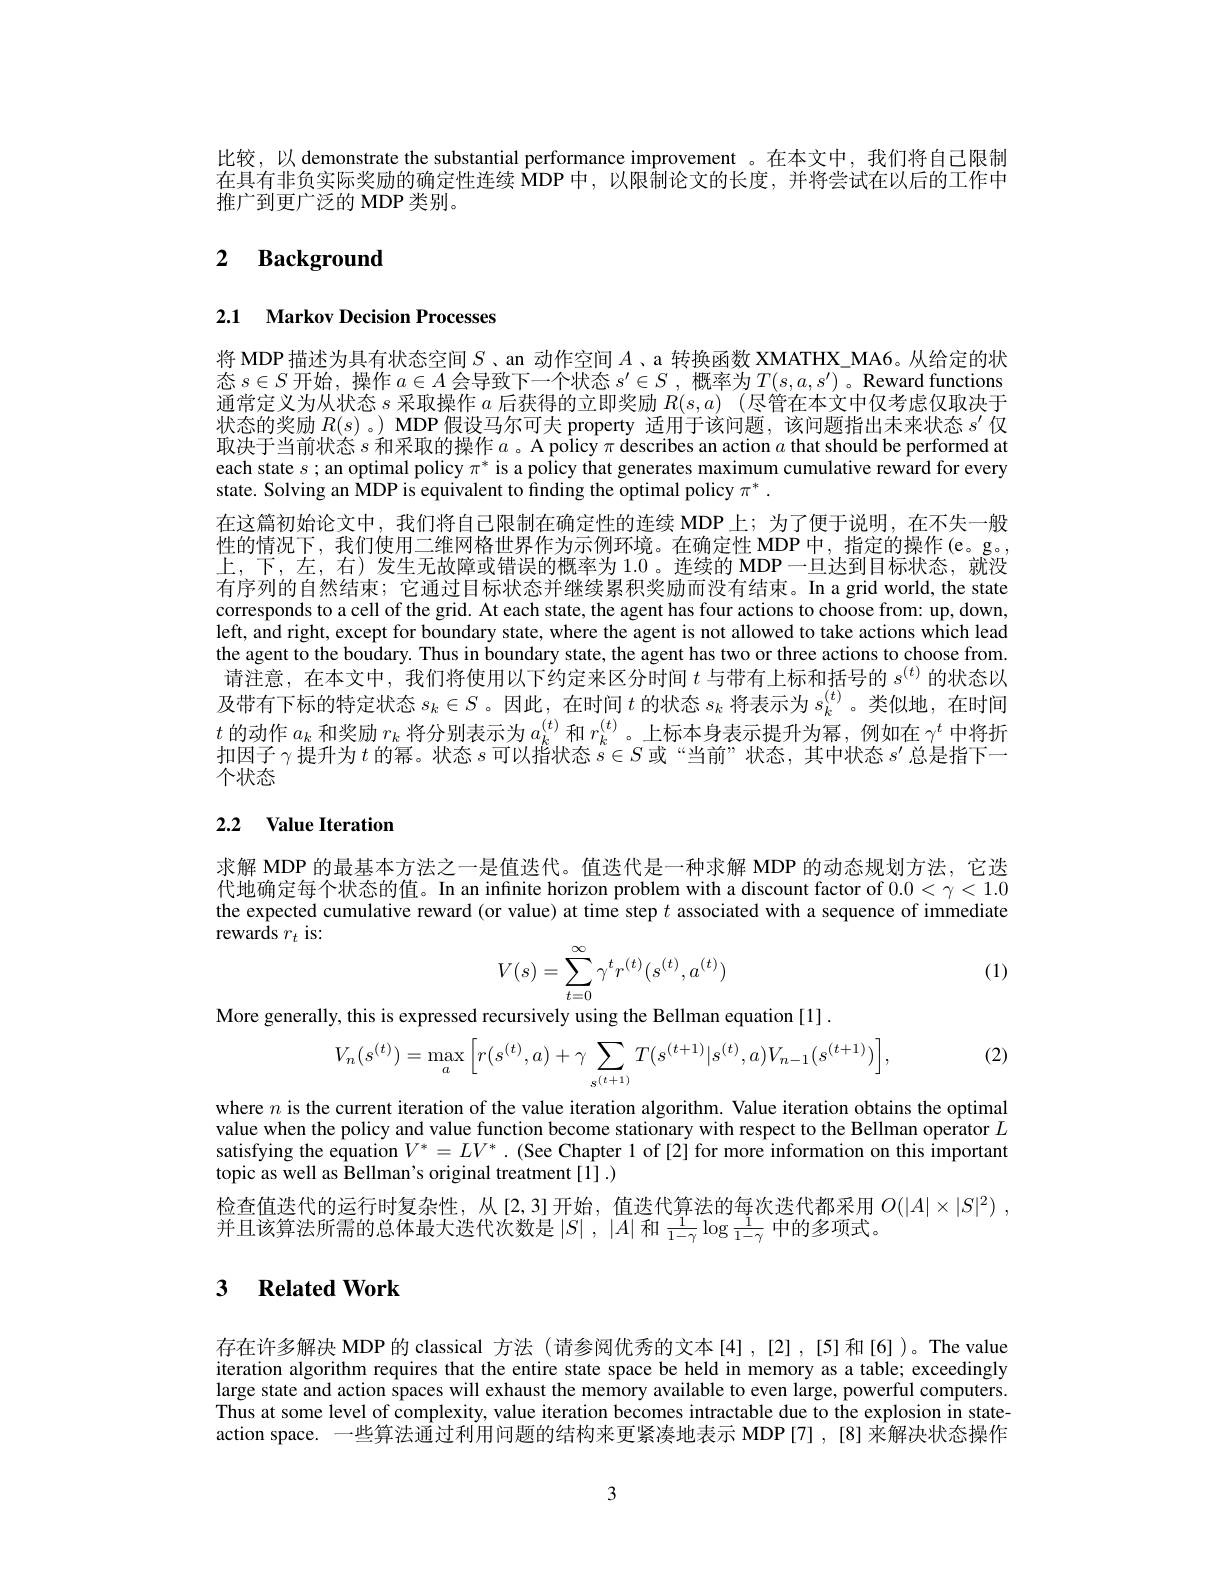
比较，以 demonstrate the substantial performance improvement 。在本文中，我们将自己限制在具有非负实际奖励的确定性连续 MDP 中，以限制论文的长度，并将尝试在以后的工作中推广到更广泛的 MDP 类别。

## 2 $\textbf{Background}$

## 2.1 Markov Decision Processes

将 MDP 描述为具有状态空间$S$ 、an 动作空间$A$ 、a 转换函数 XMATHX\_MA6。从给定的状态$s\in S$开始，操作$a\in A$会导致下一个状态$s^\prime\in S$ ,概率为$T(s,a,s^\prime)$ 。Reward functions 通常定义为从状态$s$采取操作$a$后获得的立即奖励$R(s,a)$ (尽管在本文中仅考虑仅取决于状态的奖励$R(s)$ 。) MDP 假设马尔可夫 property 适用于该问题，该问题指出未来状态$s^\prime$仅取决于当前状态$s$和采取的操作$a$ 。A policy $\pi \textbf{ describes an action }a$ that should be performed at each state $s;$ an optimal policy $\pi^*$ is a policy that generates maximum cumulative reward for every state. Solving an MDP is equivalent to finding the optimal policy $\pi^*.$
在这篇初始论文中，我们将自己限制在确定性的连续 MDP 上；为了便于说明，在不失一般性的情况下，我们使用二维网格世界作为示例环境。在确定性 MDP 中，指定的操作(e。g。, 上，下，左，右)发生无故障或错误的概率为 1.0 。连续的 MDP一旦达到目标状态，就没有序列的自然结束；它通过目标状态并继续累积奖励而没有结束。In a grid world,the state corresponds to a cell of the grid. At each state, the agent has four actions to choose from: up, down, left, and right, except for boundary state, where the agent is not allowed to take actions which lead the agent to the boudary. Thus in boundary state, the agent has two or three actions to choose from. 请注意，在本文中，我们将使用以下约定来区分时间$t$与带有上标和括号的$s^{(t)}$的状态以及带有下标的特定状态$s_k\in S$ 。因此，在时间$t$的状态$s_k$将表示为$s_k^(t)$ 。类似地，在时间$t$的动作$a_k$和奖励$r_k$将分别表示为$a_k^(t)$和$r_k^(t)$。上标本身表示提升为幂，例如在$\gamma^t$中将折扣因子$\gamma$提升为$t$的幂。状态$s$可以指状态$s\in S$或“当前”状态，其中状态$s^\prime$总是指下一个状态

## 2.2 $\textbf{Value Iteration}$

求解 MDP 的最基本方法之一是值迭代。值迭代是一种求解 MDP 的动态规划方法，它迭代地确定每个状态的值。In an infnite horizon problem with a discount factor of $0.0<\gamma<1.0$ the expected cumulative reward (or value) at time step $t$ associated with a sequence of immediate rewards $r_t$ is:
$$V(s)=\sum_{t=0}^\infty\gamma^tr^{(t)}(s^{(t)},a^{(t)})$$
(1)

More generally, this is expressed recursively using the Bellman equation [1].

(2)
$$V_n(s^{(t)})=\max_a\Big[r(s^{(t)},a)+\gamma\sum_{s^{(t+1)}}T(s^{(t+1)}|s^{(t)},a)V_{n-1}(s^{(t+1)})\Big],$$
where $n$ is the current iteration of the value iteration algorithm. Value iteration obtains the optimal value when the policy and value function become stationary with respect to the Bellman operator $L$ satisfying the equation $V^*=LV^*$ .(See Chapter 1 of [2] for more information on this important topic as well as Bellman's original treatment[1].)
检查值迭代的运行时复杂性，从[2,3]开始，值迭代算法的每次迭代都采用$O( | A| \times | S| ^2)$ ,
并且该算法所需的总体最大迭代次数是$\left|S\right|,\left|A\right|$和$\frac1{1-\gamma}\log\frac1{1-\gamma}$中的多项式。

### 3 $\textbf{Related Work}$

存在许多解决 MDP 的 classical 方法 (请参阅优秀的文本[4] ,[2] ,[5]和[6])。The value iteration algorithm requires that the entire state space be held in memory as a table; exceedingly large state and action spaces will exhaust the memory available to even large, powerful computers. Thus at some level of complexity, value iteration becomes intractable due to the explosion in stateaction space. 一些算法通过利用问题的结构来更紧凑地表示 MDP[7],[8] 来解决状态操作

3